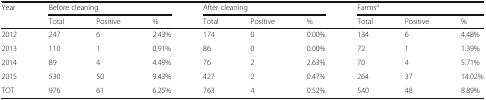
<table><thead><tr><td rowspan="2"><b>Year</b></td><td colspan="3"><b>Before cleaning</b></td><td colspan="3"><b>After cleaning</b></td><td colspan="3"><b>Farms<sup>a</sup></b></td></tr><tr><td><b>Total</b></td><td><b>Positive</b></td><td><b>%</b></td><td><b>Total</b></td><td><b>Positive</b></td><td><b>%</b></td><td><b>Total</b></td><td><b>Positive</b></td><td><b>%</b></td></tr></thead><tbody><tr><td>2012</td><td>247</td><td>6</td><td>2.43%</td><td>174</td><td>0</td><td>0.00%</td><td>134</td><td>6</td><td>4.48%</td></tr><tr><td>2013</td><td>110</td><td>1</td><td>0.91%</td><td>86</td><td>0</td><td>0.00%</td><td>72</td><td>1</td><td>1.39%</td></tr><tr><td>2014</td><td>89</td><td>4</td><td>4.49%</td><td>76</td><td>2</td><td>2.63%</td><td>70</td><td>4</td><td>5.71%</td></tr><tr><td>2015</td><td>530</td><td>50</td><td>9.43%</td><td>427</td><td>2</td><td>0.47%</td><td>264</td><td>37</td><td>14.02%</td></tr><tr><td>TOT</td><td>976</td><td>61</td><td>6.25%</td><td>763</td><td>4</td><td>0.52%</td><td>540</td><td>48</td><td>8.89%</td></tr></tbody></table>